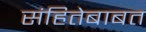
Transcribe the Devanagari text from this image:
संहितेबाबत